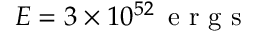
E = 3 \times 1 0 ^ { 5 2 } \, \mathrm { ~ e ~ r ~ g ~ s ~ }